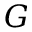
G